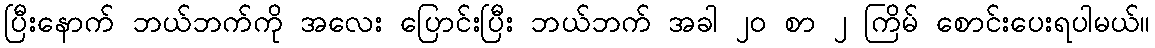
ပြီးနောက် ဘယ်ဘက်ကို အလေး ပြောင်းပြီး ဘယ်ဘက် အခါ ၂၀ စာ ၂ ကြိမ် စောင်းပေးရပါမယ်။